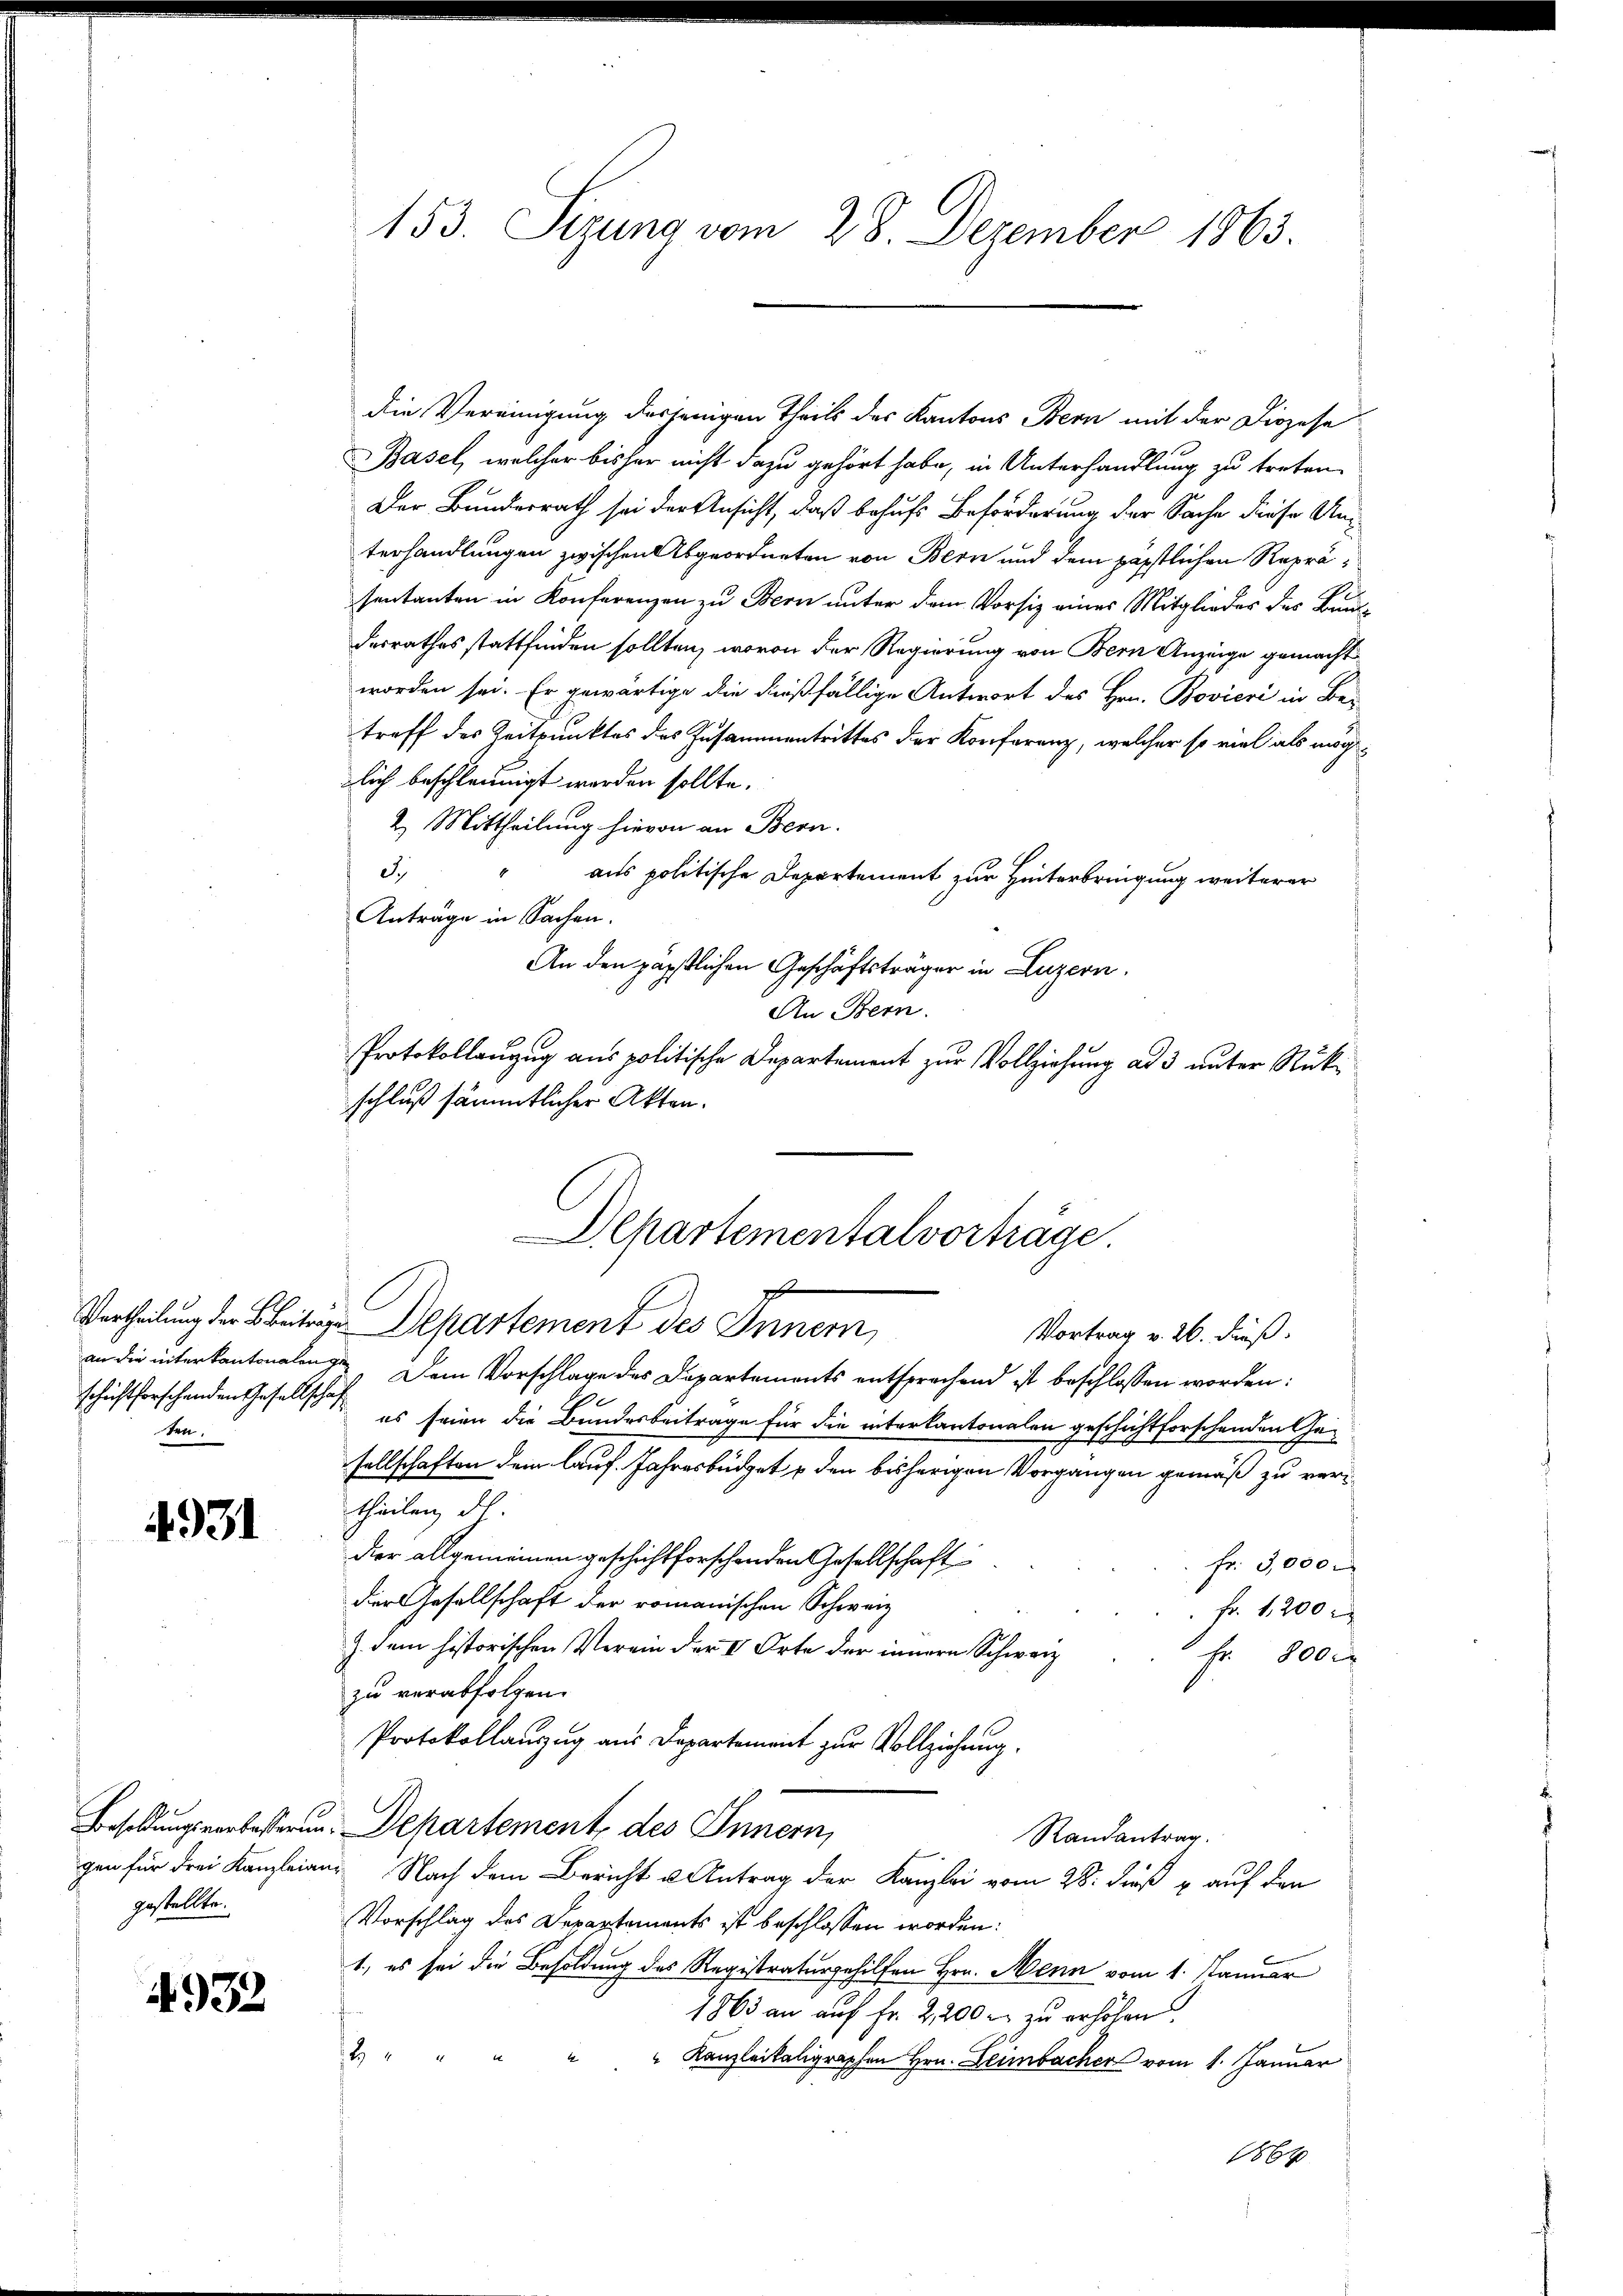
ten.

4931

gestellte.

4932

die Vereinigung desjenigen Theils des Kantons Bern mit der Diözese
Basel, welcher bisher nicht dazu gehört habe, in Unterhandlung zu treten.
Der Bundesrath sei der Ansicht, daß behufs Beförderung der Sache diese Anterhandlungen zwischen Abgeordneten von Bern und dem päpstlichen Repräsentanten in Konferenzen zu Bern unter dem Vorsiz eines Mitglieder des Baudesrathes stattfinden sollten, wovon der Regierung von Bern Anzeige gemacht
worden sei. Er gewärtige die dießfällige Antwort des Hrn. Bovieri in Bez
treff des Zeitpunktes des Zusammentrittes der Konferenz, welcher so viel als mögzlich beschleunigt worden sollte.
2. Mittheilung hievon an Bern.
I
" aus politische Departement zur Hinterbringung weiterer
Anträge in Sachen.
An den päpstlichen Geschäftsträger in Luzern,
An Bern.
Protokollanzug aus politische Departement zur Vollziehung ad 3 unter Rükschluß sämmtlicher Akten.
Vertheilung der Beitrage Departement des Innern,
an die interkantonalen 7. Dem Vorschlage des Departements entsprechend ist beschlossen worden:
e
schriftforschenden Gesellsche es seien die Bundesbeitrage für die interkantonalen geschichtforschenden Ge¬
.
sellschaften dem lauf. Jahresbüdget u den bisherigen Vorgangen gemäß zu vertheilen, das
dier allgemeinen geschichtforschenden Gesellschaft
fr. 3,000.
der Gesellschaft der romanischen Schweiz
 Fr. 1200 r
J. dem historischen Verein der VV. Orte der innern Schwarz
Fr. 800
zu verabfolgen.
Protokollanzug aus Departement zur Vollziehung.
Besoldungsverbesserung Departement des Innern,
Randantrag.
gen für drei Kanzleien. Nach dem Bericht u Antrag der Kanzlei vom 28. dieß u. auf den
Vorschlag des Departaments ist beschlossen worden:
1, es sei die Besoldung des Registraturgehilfen Hrn. Menn vom 1. Januar
1863 an auf Fr. 2,200 r. zu erhöhen.
2
" Kanzleikaligraphen Hrn. Leimbacher vom 1. Januar
1864

153. Sizung vom 28. Dezember 1863.

Departementalvorträge.
f
1
Vortrag v. 26. Fuß.